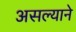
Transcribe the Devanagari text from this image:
असल्याने